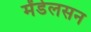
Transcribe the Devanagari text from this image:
मेंडेलसन